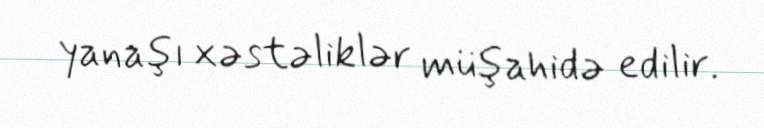
yanaşı xəstəliklər müşahidə edilir.